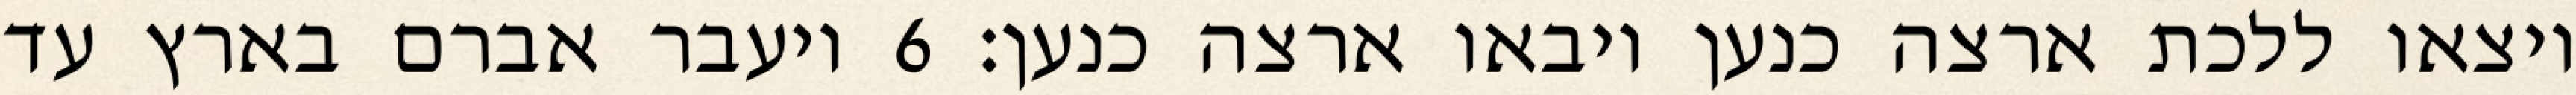
ויצאו ללכת ארצה כנען ויבאו ארצה כנען׃ ‎6‏ ויעבר אברם בארץ עד